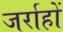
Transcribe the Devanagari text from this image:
जर्राहों